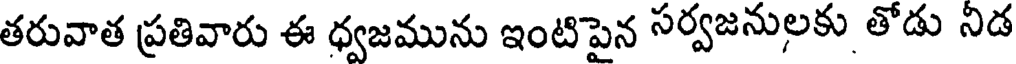
తరువాత ప్రతివారు ఈ ధ్వజమును ఇంటిపైన సర్వజనులకు తోడు నిడ